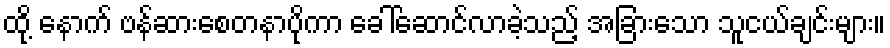
ထို့ နောက် ဗန်ဆားစေတနာပိုကာ ခေါ်ဆောင်လာခဲ့သည့် အခြားသော သူငယ်ချင်းများ။